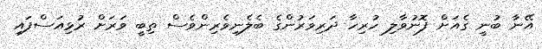
އޭނާ ބުނީ ގެއަށް ފޮނުވާލި ހުރިހާ ދަރިވަރުންގެ ބެލެނިވެރިންވެސް ތިބީ ވަރަށް ރުޅިއަސްފައި